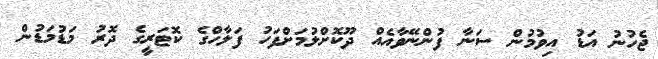
ޖެހުނު އަޑު އިވުމުން ސަނާ ފުންނޭވާއެއް ދޫކޮށްލުމަށްފަހު ފަލާހްގެ ކޮޓަރީގެ ދޮރު މަޑުމަޑުން